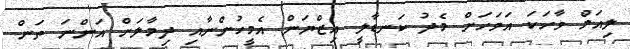
ލިއަމް ވާހަކަ އަވަހަށް މެދު ކަނޑާލީ އިޒްޔަން އެމީހުންނާއި ދިމާލަށް އަންނަ ތަން